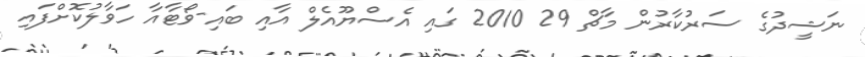
ނަޝީދުގެ ސަރުކާރުން މާޗް 29 2010 ގައި އެސްޔޫއެލް އާއި ބައި-ވޯޓާއާ ހަވާލުކޮށްފައި